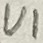
Text: U1